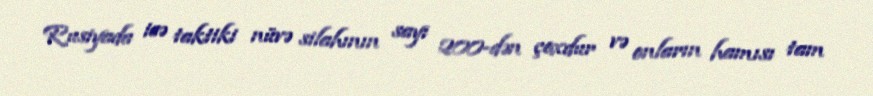
Rusiyada isə taktiki nüvə silahının sayı 200-dən çoxdur və onların hamısı tam